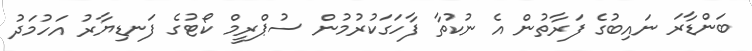
ބަންޑާރަ ނައިބުގެ ފަރާތުން އެ ނުކުތާ ފާހަގަކުރުމުން ސުޕްރީމް ކޯޓުގެ ފަނޑިޔާރު އަހުމަދު